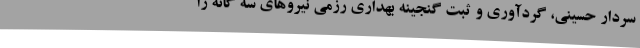
سردار حسینی‌، گردآوری و ثبت گنجینه بهداری رزمی نیروهای سه گانه ژا